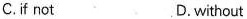
C.if not D.without